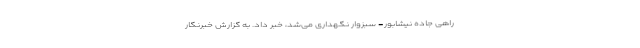
راهی جاده نیشابور- سبزوار نگهداری می‌شد، خبر داد. به گزارش خبرنگار